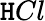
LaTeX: \mathtt{H}Cl